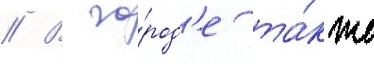
// В го́род'е та́кже